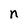
Character: n